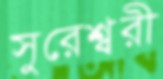
সুরেশ্বরী